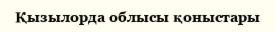
Қызылорда облысы қоныстары